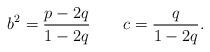
LaTeX: \begin{align*} b^{2} = \frac{p-2q}{1-2q} \qquad c = \frac{q}{1-2q}. \end{align*}